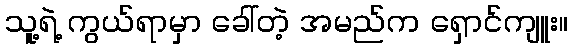
သူ့ရဲ့ ကွယ်ရာမှာ ခေါ်တဲ့ အမည်က ရှောင်ကျူး။